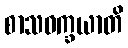
စာသဝက္ခယာတိ